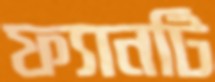
ফ্যানটি